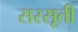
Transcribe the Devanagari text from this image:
सरसूती